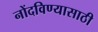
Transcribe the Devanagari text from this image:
नोंदविण्यासाठी